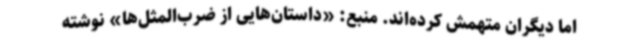
اما دیگران متهمش کرده‌اند. منبع: «داستان‌هایی از ضرب‌المثل‌ها» نوشته